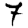
Digit: 7